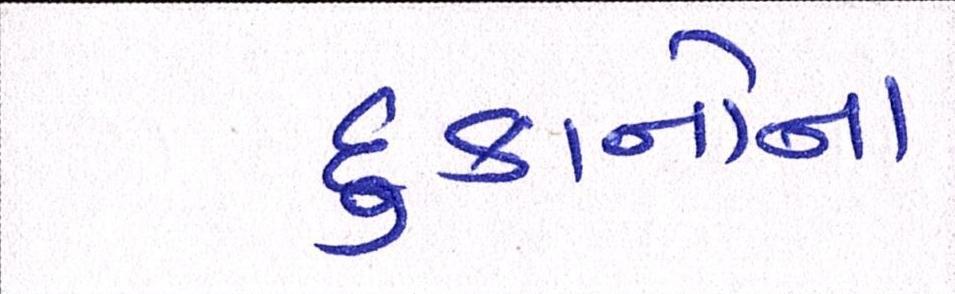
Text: દુકાનોના